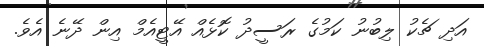
އަދި ޗެކު ލިބުނު ކަމުގެ ރަސީދު ކޮޅެއް އޭޓީއެމް އިން ދޭނެ އެވެ.